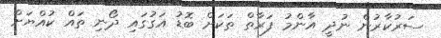
ސަރުކާރުން ނުދީ އާންމު ފަރާތް ތަކަށް ބޮޑު އަގުގައި ދޯނި ތައް ކުއްޔަށް